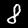
Label: 8